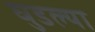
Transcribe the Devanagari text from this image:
घुडल्या